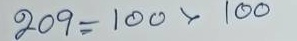
209 = 100 x 100